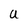
Character: U